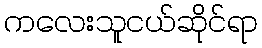
ကလေးသူငယ်ဆိုင်ရာ